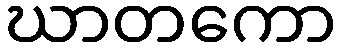
ဃာတကော